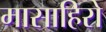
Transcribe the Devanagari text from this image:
मासाहिरो